King Institute of Preventive Medicine Micro-Biological Section reports 1912-19
Year: 1912
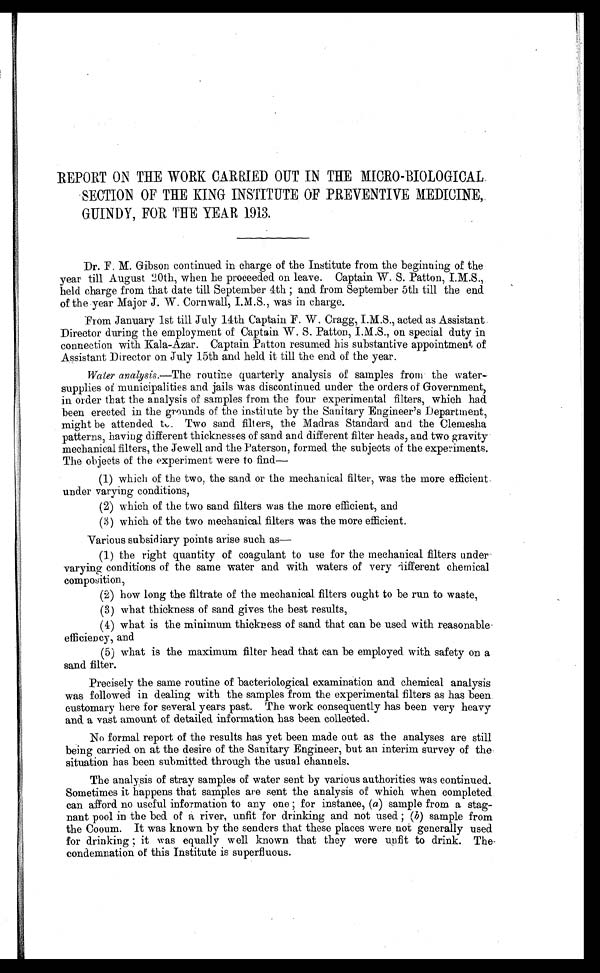
REPORT ON THE WORK CARRIED OUT IN THE MICRO-BIOLOGICAL.
SECTION OF THE KING INSTITUTE OF PREVENTIVE MEDICINE,.
GUINDY,FOR THE YEAR 1913.
Dr. F. M. Gibson continued in charge of the Institute from the beginning of the
year till August 20th, when he proceeded on leave. Captain W. S. Patton, I.M.S.,
held charge from that date till September 4th ; and from September 5th till the end
of the year Major J. W. Cornwall, I.M.S., was in charge.
From January 1st till July 14th Captain F. W. Cragg, I.M.S., acted as Assistant
Director during the employment of Captain W. S. Patton, I.M.S., on special duty in
connection with Kala-Azar. Captain Patton resumed his substantive appointment of
Assistant Director on July 15th and held it till the end of the year.
Water analysis.—The routine quarterly analysis of samples from the water
- s u p p l i e s o f m u n i c i p a l i t i e s a n d j a i l s w a s d i s c o n t i n u e d u n d e r t h e o r d e r s o f G o v e r n m e n t ,
in order that the analysis of samples from the four experimental filters, which had
been erected in the grounds of the institute by the Sanitary Engineer's Department,
might be attended to. Two sand filters, the Madras Standard and the Clemesha
patterns, having different thicknesses of sand and different filter heads, and two gravity
mechanical filters, the Jewell and the Paterson, formed the subjects of the experiments.
The objects of the experiment were to find—
(1) which of the two, the sand or the mechanical filter, was the more efficient.
under varying conditions,
(2) which of the two sand filters was the more efficient, and
(3) which of the two mechanical filters was the more efficient.
Various subsidiary points arise such as—
(1) the right quantity of coagulant to use for the mechanical filters under
varying conditions of the same water and with waters of very different chemical
composition,
(2) how long the filtrate of the mechanical filters ought to be run to waste,
(3) what thickness of sand gives the best results,
(4) what is the minimum thickness of sand. that can be used with reasonable
. efficiency, and
(5) what is the maximum filter head that can be employed with safety on a
sand filter.
Precisely the same routine of bacteriological examination and chemical analysis
was followed in dealing with the samples from the experimental filters as has been
customary here for several years past. The work consequently has been very heavy
and a vast amount of detailed information has been collected.
No formal report of the results has yet been made out as the analyses are still
being carried on at the desire of the Sanitary Engineer, but an interim survey of the-
situation has been submitted through the usual channels.
The analysis of stray samples of water sent by various authorities was continued.
Sometimes it happens that samples are sent the analysis of which when completed
can afford no useful information to any one ; for instance, ( a )
sample from a stag
- n a n t p o o l i n t h e b e d o f a r i v e r , u n f i t f o r d r i n k i n g a n d n o t u s e d ;(
b )
s a m p l e f r o m
the Cooum. It was known by the senders that these places were, not generally used
for drinking ; it was equally well known that they were unfit to drink. The-
condemnation of this Institute is superfluous.